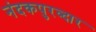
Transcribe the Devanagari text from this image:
नंदकपुरव्दार